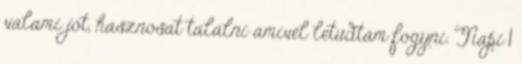
valami jót, hasznosat találni amivel letudtam fogyni. Napi 1